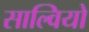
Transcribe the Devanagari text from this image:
साल्वियो